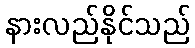
နားလည်နိုင်သည်